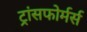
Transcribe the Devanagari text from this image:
ट्रांसफोर्मर्स